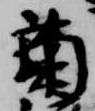
菊